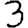
Digit: 3